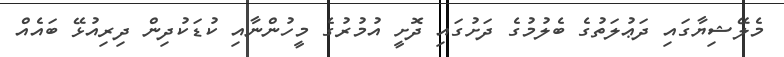
މެލޭޝިޔާގައި ދަޢުލަތުގެ ބެލުމުގެ ދަށުގައި ދޮށީ އުމުރުގެ މީހުންނާއި ކުޑަކުދިން ދިރިއުޅޭ ބައެއް